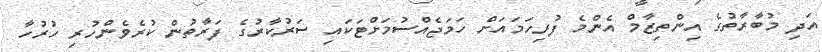
އަދި މުބާރާތުގެ އިންތިޒާމް އެންމެ ފުރިހަމައަށް ހަމަޖެއްސުމަށްޓަކައި ސަރުކާރުގެ ފަރާތުން ކުރެވެންހުރި ހުރުހާ